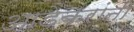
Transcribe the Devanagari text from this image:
आडेकरांनी